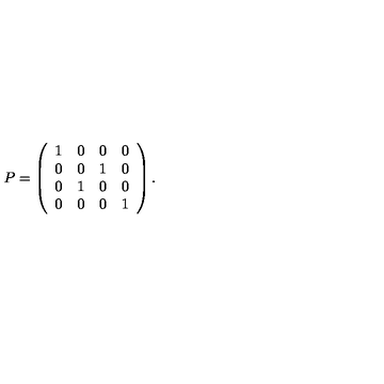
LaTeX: P = \left( \begin{array} { c c c c } { 1 } & { 0 } & { 0 } & { 0 } \\ { 0 } & { 0 } & { 1 } & { 0 } \\ { 0 } & { 1 } & { 0 } & { 0 } \\ { 0 } & { 0 } & { 0 } & { 1 } \\ \end{array} \right) .